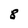
Character: 8